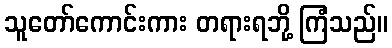
သူတော်ကောင်းကား တရားရဘို့ ကြံသည်။